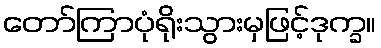
တော်ကြာပုံရိုးသွားမှဖြင့်ဒုက္ခ။